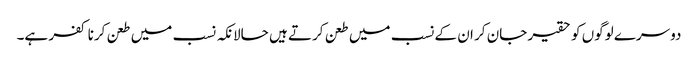
دوسرے لوگوں کو حقیر جان کر ان کے نسب میں طعن کرتے ہیں حالانکہ نسب میں طعن کرنا کفر ہے۔